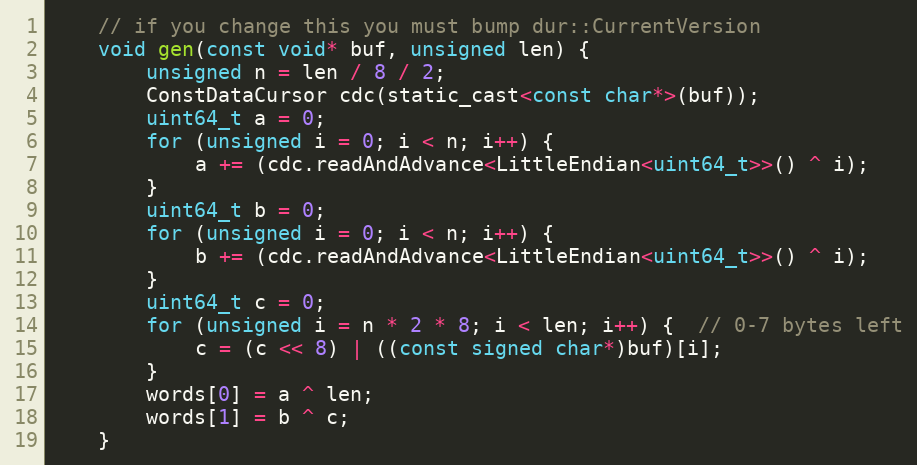
Language: C
    // if you change this you must bump dur::CurrentVersion
    void gen(const void* buf, unsigned len) {
        unsigned n = len / 8 / 2;
        ConstDataCursor cdc(static_cast<const char*>(buf));
        uint64_t a = 0;
        for (unsigned i = 0; i < n; i++) {
            a += (cdc.readAndAdvance<LittleEndian<uint64_t>>() ^ i);
        }
        uint64_t b = 0;
        for (unsigned i = 0; i < n; i++) {
            b += (cdc.readAndAdvance<LittleEndian<uint64_t>>() ^ i);
        }
        uint64_t c = 0;
        for (unsigned i = n * 2 * 8; i < len; i++) {  // 0-7 bytes left
            c = (c << 8) | ((const signed char*)buf)[i];
        }
        words[0] = a ^ len;
        words[1] = b ^ c;
    }